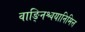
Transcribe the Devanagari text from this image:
वाङ्निश्चयानिमित्त